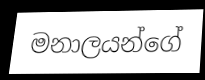
මනාලයන්ගේ